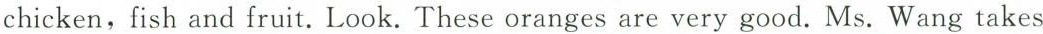
chicken,fish and fruit. Look. These oranges are very good. Ms. Wang takes